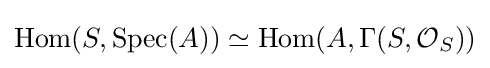
\operatorname {Hom} (S,\operatorname {Spec} (A))\simeq \operatorname {Hom} (A,\Gamma (S,{\mathcal {O}}_{S}))